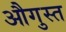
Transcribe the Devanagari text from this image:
औगुस्त